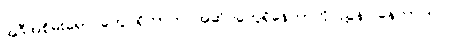
အဲဒီအစိမ်းရောင်တွေ ရှိတာက အဆိပ်တွေရှိနေတာကို ညွှန်ပြနေတာပါပဲ။